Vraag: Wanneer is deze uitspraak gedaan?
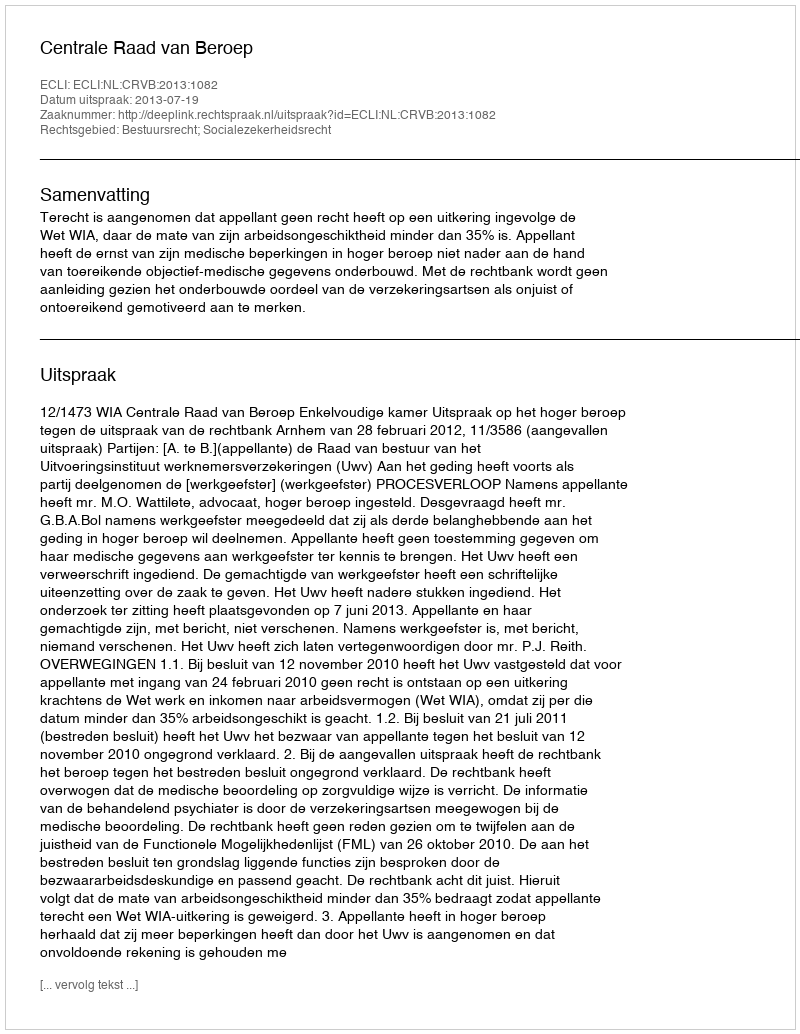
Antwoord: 2013-07-19